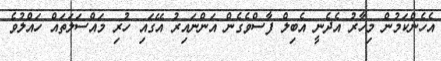
އެހެންކަމުން މިހާރު އެދެނީ އެބިލް ފާސްވެގެން އަންނައިރު އޭގައި ހުރި މައްސަލަތައް ހައްލުވެ